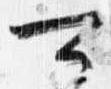
可